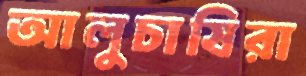
আলুচাষিরা